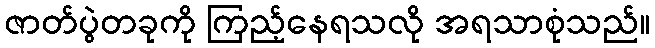
ဇာတ်ပွဲတခုကို ကြည့်နေရသလို အရသာစုံသည်။